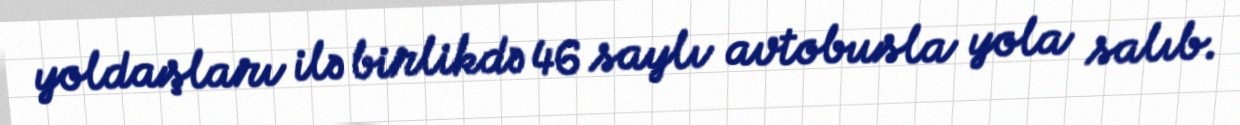
yoldaşları ilə birlikdə 46 saylı avtobusla yola salıb.